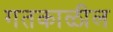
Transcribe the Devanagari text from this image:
गतकाळील